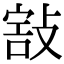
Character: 𢾒